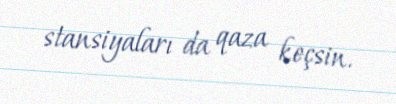
stansiyaları da qaza keçsin.